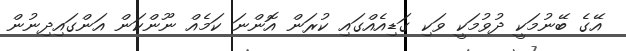
އޭގެ ބޭނުމަކީ ދުވުމަކީ ވަކި ގަޑިއެއްގައި ކުރަން އޮންނަ ކަމެއް ނޫންކަން އަންގައިދިނުން